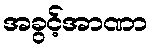
အခွင့်အာဏာ